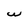
Character: W